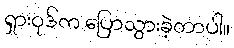
ရှားဝုဒ်က ပြောသွားခဲ့တာပါ။